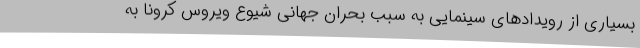
بسیاری از رویدادهای سینمایی به سبب بحران جهانی شیوع ویروس کرونا به